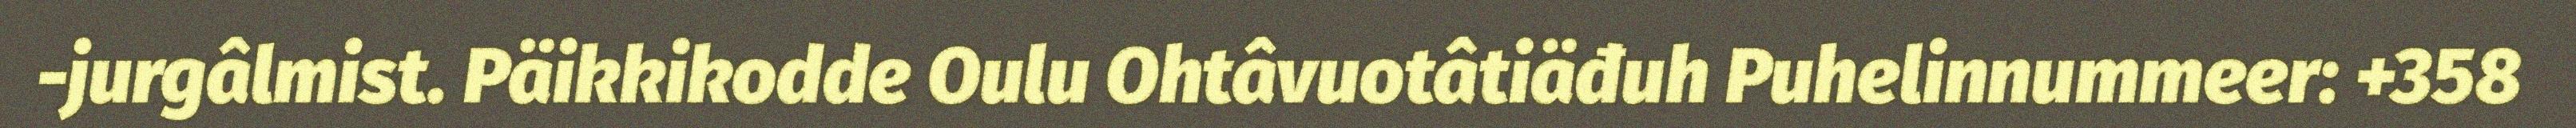
-jurgâlmist. Päikkikodde Oulu Ohtâvuotâtiäđuh Puhelinnummeer: +358